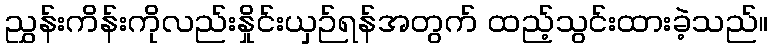
ညွှန်းကိန်းကိုလည်းနှိုင်းယှဉ်ရန်အတွက် ထည့်သွင်းထားခဲ့သည်။